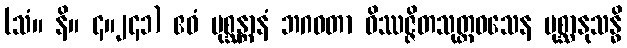
(သံ။ နိ။ ၄။၂၄၁) ဧဝံ ပုစ္ဆန္တာနံ ဘဂဝတာ ဝိဿဇ္ဇိတသုတ္တဝသေန ပုစ္ဆာနုသန္ဓိ